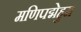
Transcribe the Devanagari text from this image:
मणिपद्मेहुम